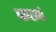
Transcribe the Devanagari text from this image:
बाबानो